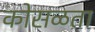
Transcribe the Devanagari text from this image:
कोसळता